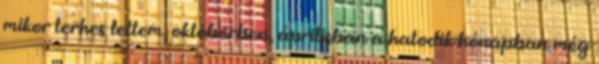
mikor terhes lettem, októberben, áprilisban a hatodik hónapban még